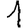
Digit: 1